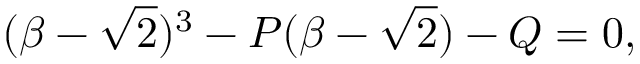
( \beta - \sqrt { 2 } ) ^ { 3 } - P ( \beta - \sqrt { 2 } ) - Q = 0 ,